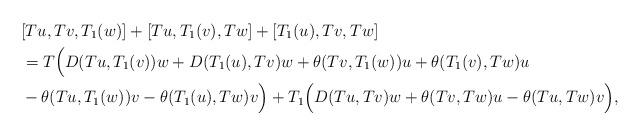
LaTeX: \begin{align*}&[Tu,Tv,T_1(w)]+[Tu,T_1(v),Tw]+[T_1(u),Tv,Tw]\\&=T\Big(D(Tu,T_1(v))w+D(T_1(u),Tv)w+\theta(Tv,T_1(w))u+\theta(T_1(v),Tw)u\\&-\theta(Tu,T_1(w))v-\theta(T_1(u),Tw)v\Big)+T_1\Big(D(Tu,Tv)w+\theta(Tv,Tw)u-\theta(Tu,Tw)v\Big),\end{align*}